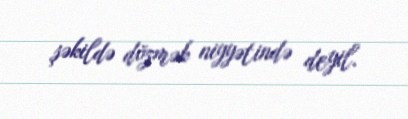
şəkildə dözmək niyyətində deyil.